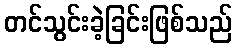
တင်သွင်းခဲ့ခြင်းဖြစ်သည်